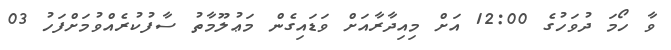
ވާ ހޯމަ ދުވަހުގެ 12:00 އަށް މިއިދާރާއަށް ވަޑައިގެން މަޢުލޫމާތު ސާފުކުރެއްވުމަށްފަހު 03